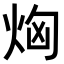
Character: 𤈤